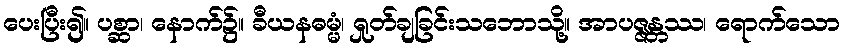
ပေးပြီး၍။ ပစ္ဆာ၊ နောက်၌။ ခီယနဓမ္မံ၊ ရှုတ်ချခြင်းသဘောသို့။ အာပဇ္ဇန္တဿ၊ ရောက်သော